EAOK_Sinod, lk 17
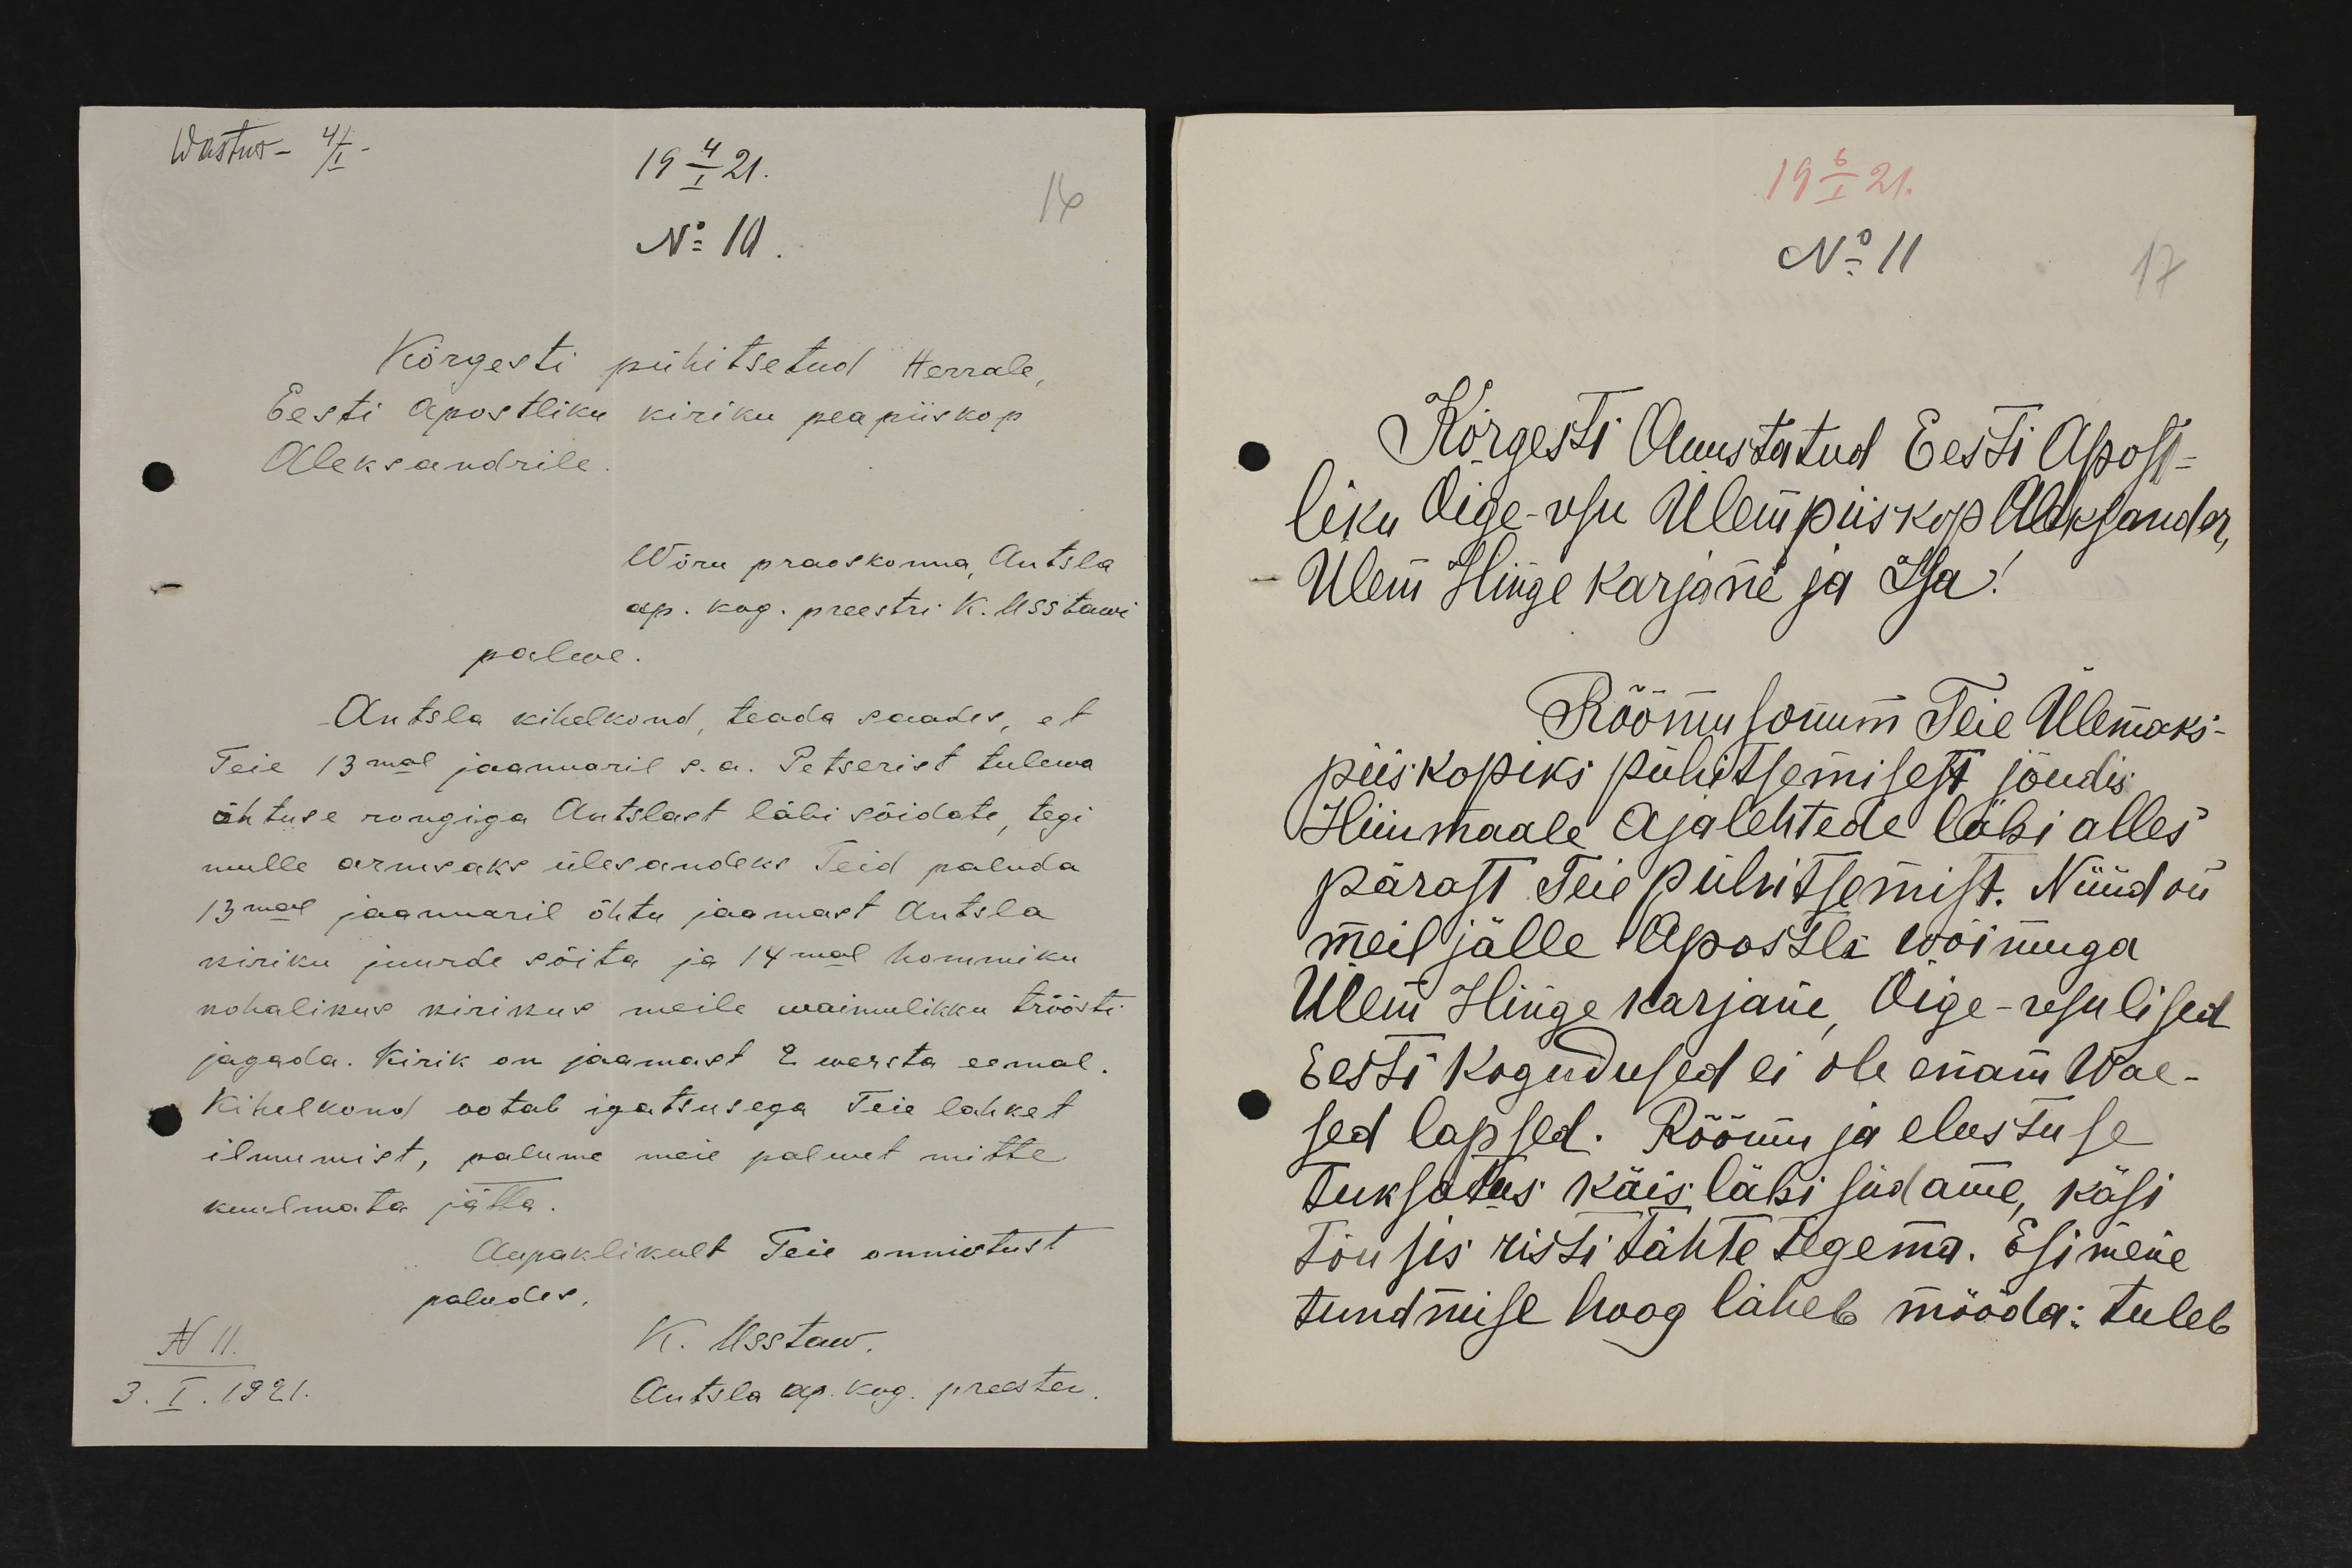
Wastus – 4/I -
19 4/I 21.
No 10.
Kõrgesti pühitsetud Herrale,
Eesti Apostliku kiriku peapiiskop
Aleksandrile.
Wõru praoskonna Antsla
ap. kog. preestri K. Usstawi
palwe.
Antsla kihelkond, teada saades, et
Teie 13mal jaanuaril s.a. Petserist tulewa
õhtuse rongiga Antslast läbi sõidate, tegi
mulle armsaks ülesandeks Teid paluda
13mal jaanuaril õhtu jaamast Antsla
kiriku juurde sõita ja 14mal hommiku
kohalikus kirikus meile waimulikku tröösti
jagada. Kirik on jaamast 2 wersta eemal.
Kihelkond ootab igatsusega Teie lahket
ilmumist, palume meie palwet mitte
kuulmata jätta.
Aupaklikult Teie onnistust
paludes.
N 11.
K. Usstaw.
3. I. 1921.
Antsla ap. kog. preester.

19 6/I 21.
No 11
Kõrgesti Auustatud Eesti Apost-
liku Õige-usu ülempiiskop Aleksander,
Ülem Hinge karjane ja Isa!
Rõõmusonum Teie Ülemaks-
piiskopiks pühitsemisest jõudis
Hiiumaale ajalehtede läbi alles
pärast Teie pühitsemist. Nüüd on
meil jälle Apostli wõimuga
Ülem Hingekarjane, Õige-usulised
Eesti kogudused ei ole enam Wae-
sed lapsed. Rõõmu ja elustuse
tuksatus käis läbi südame, käsi
tõusis risti tähte tegema. Esimene
tundmise hoog läheb mööda: tuleb